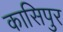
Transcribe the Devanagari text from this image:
कासिपुर